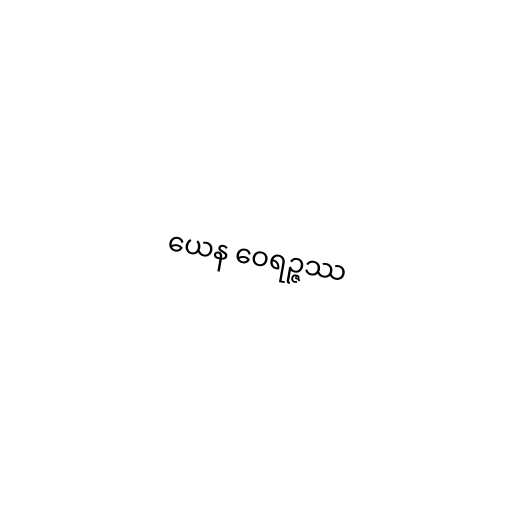
ယေန ဝေရဉ္ဇဿ